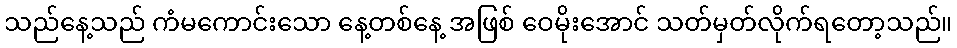
သည်နေ့သည် ကံမကောင်းသော နေ့တစ်နေ့ အဖြစ် ဝေမိုးအောင် သတ်မှတ်လိုက်ရတော့သည်။